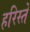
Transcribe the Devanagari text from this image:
हरिस्ते